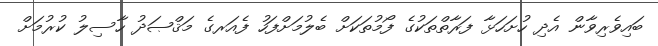
ބައިވެރިވާން އެދި ހުށަހަޅާ ފަރާތްތަކުގެ ފޯމުތަކަށް ބެލުމަށްފަހު ފެއަރގެ މަޤްޞަދު ހާސިލު ކުރުމަށް